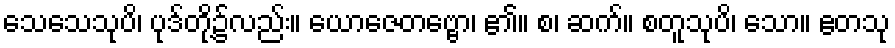
သေသေသုပိ၊ ပုဒ်တို့၌လည်း။ ယောဇေတဗ္ဗော၊ ၏။ စ၊ ဆက်။ စတူသုပိ၊ သော။ ဧတသု